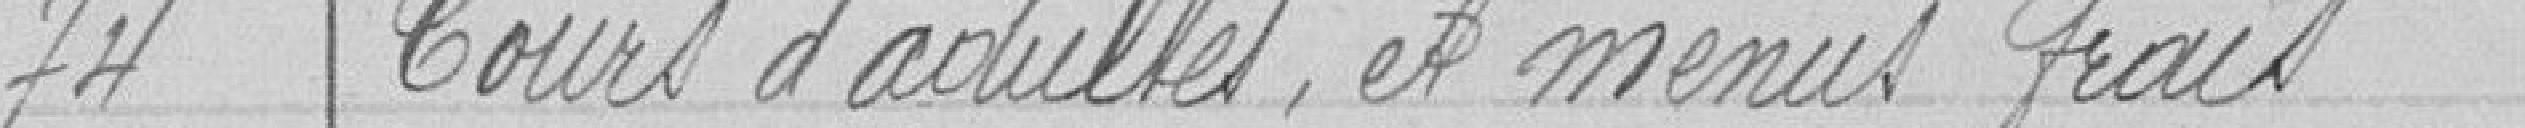
74 Cours d'adultes, et menus frais